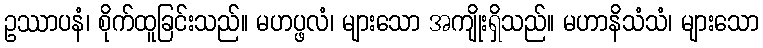
ဥဿာပနံ၊ စိုက်ထူခြင်းသည်။ မဟပ္ဖလံ၊ များသော အကျိုးရှိသည်။ မဟာနိသံသံ၊ များသော